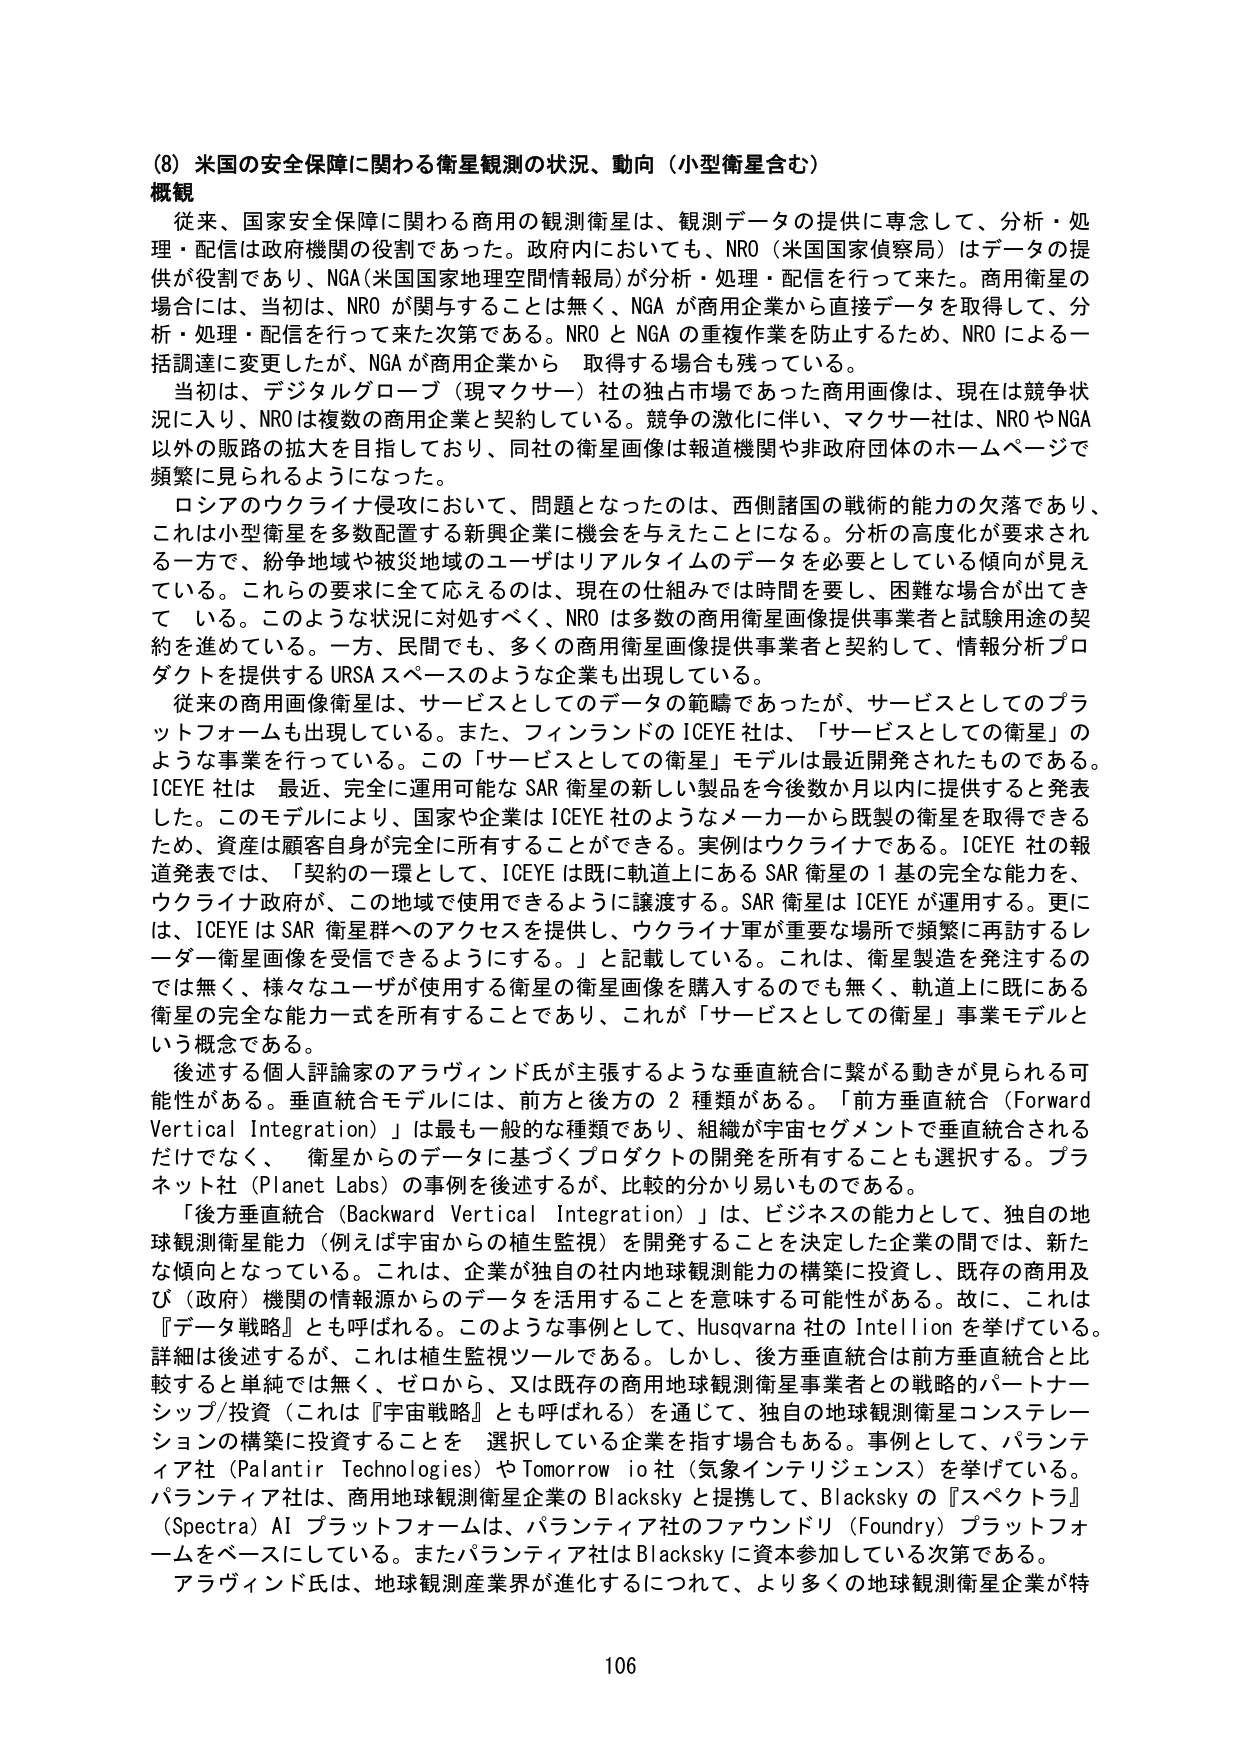
(8) 米国の安全保障に関わる衛星観測の状況、動向（小型衛星含む）
概観
従来、国家安全保障に関わる商用の観測衛星は、観測データの提供に専念して、分析・処理・配信は政府機関の役割であった。政府内においても、NRO（米国国家偵察局）はデータの提供が役割であり、NGA（米国国家地理空間情報局）が分析・処理・配信を行って来た。商用衛星の場合には、当初は、NRO が関与することは無く、NGA が商用企業から直接データを取得して、分析・処理・配信を行って来た次第である。NRO と NGA の重複作業を防止するため、NRO による一括調達に変更したが、NGA が商用企業から 取得する場合も残っている。
当初は、デジタルグローブ（現マクサー）社の独占市場であった商用画像は、現在は競争状況に入り、NRO は複数の商用企業と契約している。競争の激化に伴い、マクサー社は、NRO や NGA 以外の販路の拡大を目指しており、同社の衛星画像は報道機関や非政府団体のホームページで頻繁に見られるようになってきた。
ロシアのウクライナ侵攻において、問題となったのは、西側諸国の戦術的能力の欠落であり、これは小型衛星を多数配置する新興企業に機会を与えたことになる。分析の高度化が要求される一方で、紛争地域や被災地域のユーザはリアルタイムのデータを必要としている傾向が見えて いる。これらの要求に全て応えるのは、現在の仕組みでは時間を要し、困難な場合が出てきて いる。このような状況に対処すべく、NRO は多数の商用衛星画像提供事業者と試験用途の契約を進めている。一方、民間でも、多くの商用衛星画像提供事業者と契約して、情報分析プロダクトを提供する URSA スペースのような企業も出現している。
従来の商用画像衛星は、サービスとしてのデータの範疇であったが、サービスとしてのプラットフォームも出現している。また、フィンランドの ICEYE 社は、「サービスとしての衛星」のような事業を行っている。この「サービスとしての衛星」モデルは最近開発されたものである。ICEYE 社は 最近、完全に運用可能な SAR 衛星の新しい製品を今後数か月以内に提供すると発表した。このモデルにより、国家や企業は ICEYE 社のようなメーカーから既製の衛星を取得できるため、資産は顧客自身が完全に所有することができる。実例はウクライナである。ICEYE 社の報道発表では、「契約の一環として、ICEYE は既に軌道上にある SAR 衛星の 1 基の完全な能力を、ウクライナ政府が、この地域で使用できるように譲渡する。SAR 衛星は ICEYE が運用する。更には、ICEYE は SAR 衛星群へのアクセスを提供し、ウクライナ軍が重要な場所で頻繁に再訪するレーダー衛星画像を受信できるようにする。」と記載している。これは、衛星製造を発注するのでは無く、様々なユーザが使用する衛星の衛星画像を購入するのでも無く、軌道上に既にある衛星の完全な能力一式を所有することであり、これが「サービスとしての衛星」事業モデルという概念である。
後述する個人評論家のアラヴィンド氏が主張するような垂直統合に繋がる動きが見られる可能性がある。垂直統合モデルには、前方と後方の 2 種類がある。「前方垂直統合（Forward Vertical Integration）」は最も一般的な種類であり、組織が宇宙セグメントで垂直統合されるだけでなく、 衛星からのデータに基づくプロダクトの開発を所有することも選択する。プラネット社（Planet Labs）の事例を後述するが、比較的分かり易いものである。
「後方垂直統合（Backward Vertical Integration）」は、ビジネスの能力として、独自の地球観測衛星能力（例えば宇宙からの植生監視）を開発することを決定した企業の間では、新たな傾向となっている。これは、企業が独自の社内地球観測能力の構築に投資し、既存の商用及び（政府）機関の情報源からのデータを活用することを意味する可能性がある。故に、これは『データ戦略』とも呼ばれる。このような事例として、Husqvarna 社の Intellion を挙げている。詳細は後述するが、これは植生監視ツールである。しかし、後方垂直統合は前方垂直統合と比較すると単純では無く、ゼロから、又は既存の商用地球観測衛星事業者との戦略的パートナーシップ/投資（これは『宇宙戦略』とも呼ばれる）を通じて、独自の地球観測衛星コンステレーションの構築に投資することを 選択している企業を指す場合もある。事例として、パランティア社（Palantir Technologies）や Tomorrow io 社（気象インテリジェンス）を挙げている。パランティア社は、商用地球観測衛星企業と提携して、Blacksky の『スペクトラ』（Spectra）AI プラットフォームは、パランティア社のファウンドリ（Foundry）プラットフォームをベースにしている。またパランティア社は Blacksky に資本参加している次第である。
アラヴィンド氏は、地球観測産業界が進化するにつれて、より多くの地球観測衛星企業が特
106